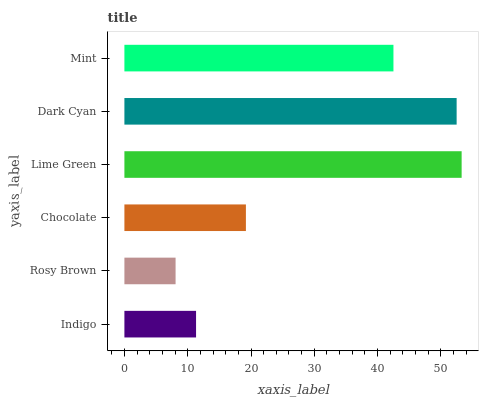
| yaxis_label | bars |
 | --- | --- |
 | Indigo | 11.3 |
 | Rosy Brown | 8.08 |
 | Chocolate | 19.2 |
 | Lime Green | 53.3 |
 | Dark Cyan | 52.5 |
 | Mint | 42.5 |